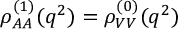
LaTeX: \rho _ { A A } ^ { ( 1 ) } ( q ^ { 2 } ) = \rho _ { V V } ^ { ( 0 ) } ( q ^ { 2 } )